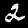
Digit: 2